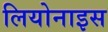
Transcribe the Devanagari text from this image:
लियोनाइस